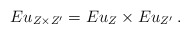
\begin{align*} Eu_{Z\times Z'}= Eu_Z \times Eu_{Z'}\:.\end{align*}